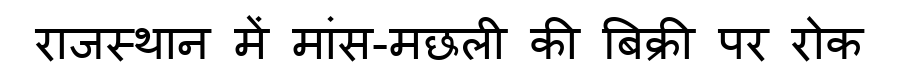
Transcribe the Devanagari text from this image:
राजस्थान में मांस-मछली की बिक्री पर रोक